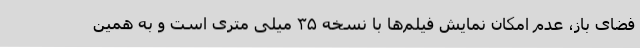
فضای باز، عدم امکان نمایش فیلم‌ها با نسخه ۳۵ میلی متری است و به همین